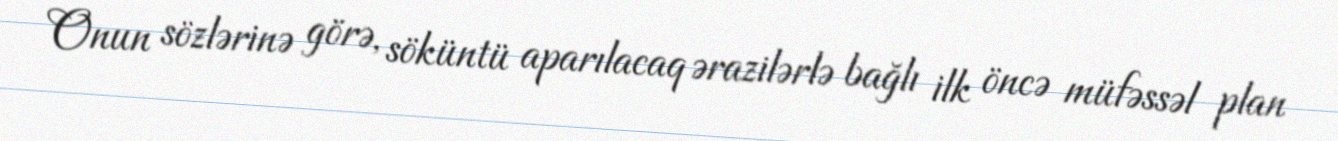
Onun sözlərinə görə, söküntü aparılacaq ərazilərlə bağlı ilk öncə müfəssəl plan